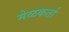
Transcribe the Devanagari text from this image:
मेळकर्ता